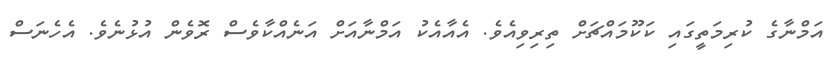
އަމްނާގެ ކުރިމަތީގައި ކަކޫމައްޗަށް ތިރިވިއެވެ. އެއާއެކު އަމްނާއަށް އަނެއްކާވެސް ރޮވެން އުޅުނެވެ. އެހެނަސް